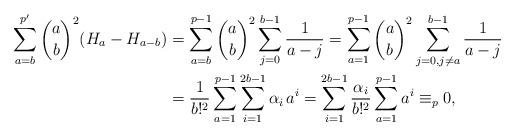
LaTeX: \begin{align*} \sum_{a=b}^{p'}\binom{a}b^2(H_a-H_{a-b})&=\sum_{a=b}^{p-1}\binom{a}b^2\sum_{j=0}^{b-1}\frac{1}{a-j}=\sum_{a=1}^{p-1}\binom{a}b^2\sum_{j=0,j\not=a}^{b-1}\frac{1}{a-j}\\&=\frac1{b!^2}\sum_{a=1}^{p-1}\sum_{i=1}^{2b-1}\alpha_i\,a^i=\sum_{i=1}^{2b-1}\frac{\alpha_i}{b!^2}\sum_{a=1}^{p-1}a^i\equiv_p 0,\end{align*}